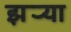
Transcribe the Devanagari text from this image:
झर्‍या